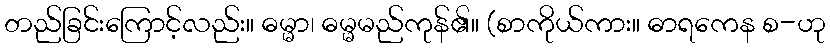
တည်ခြင်းကြောင့်လည်း။ ဓမ္မာ၊ ဓမ္မမည်ကုန်၏။ (စာကိုယ်ကား။ ဓာရကေန စ-ဟု